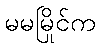
မမမြိုင်က